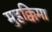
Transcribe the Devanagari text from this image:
मुहक्किमा